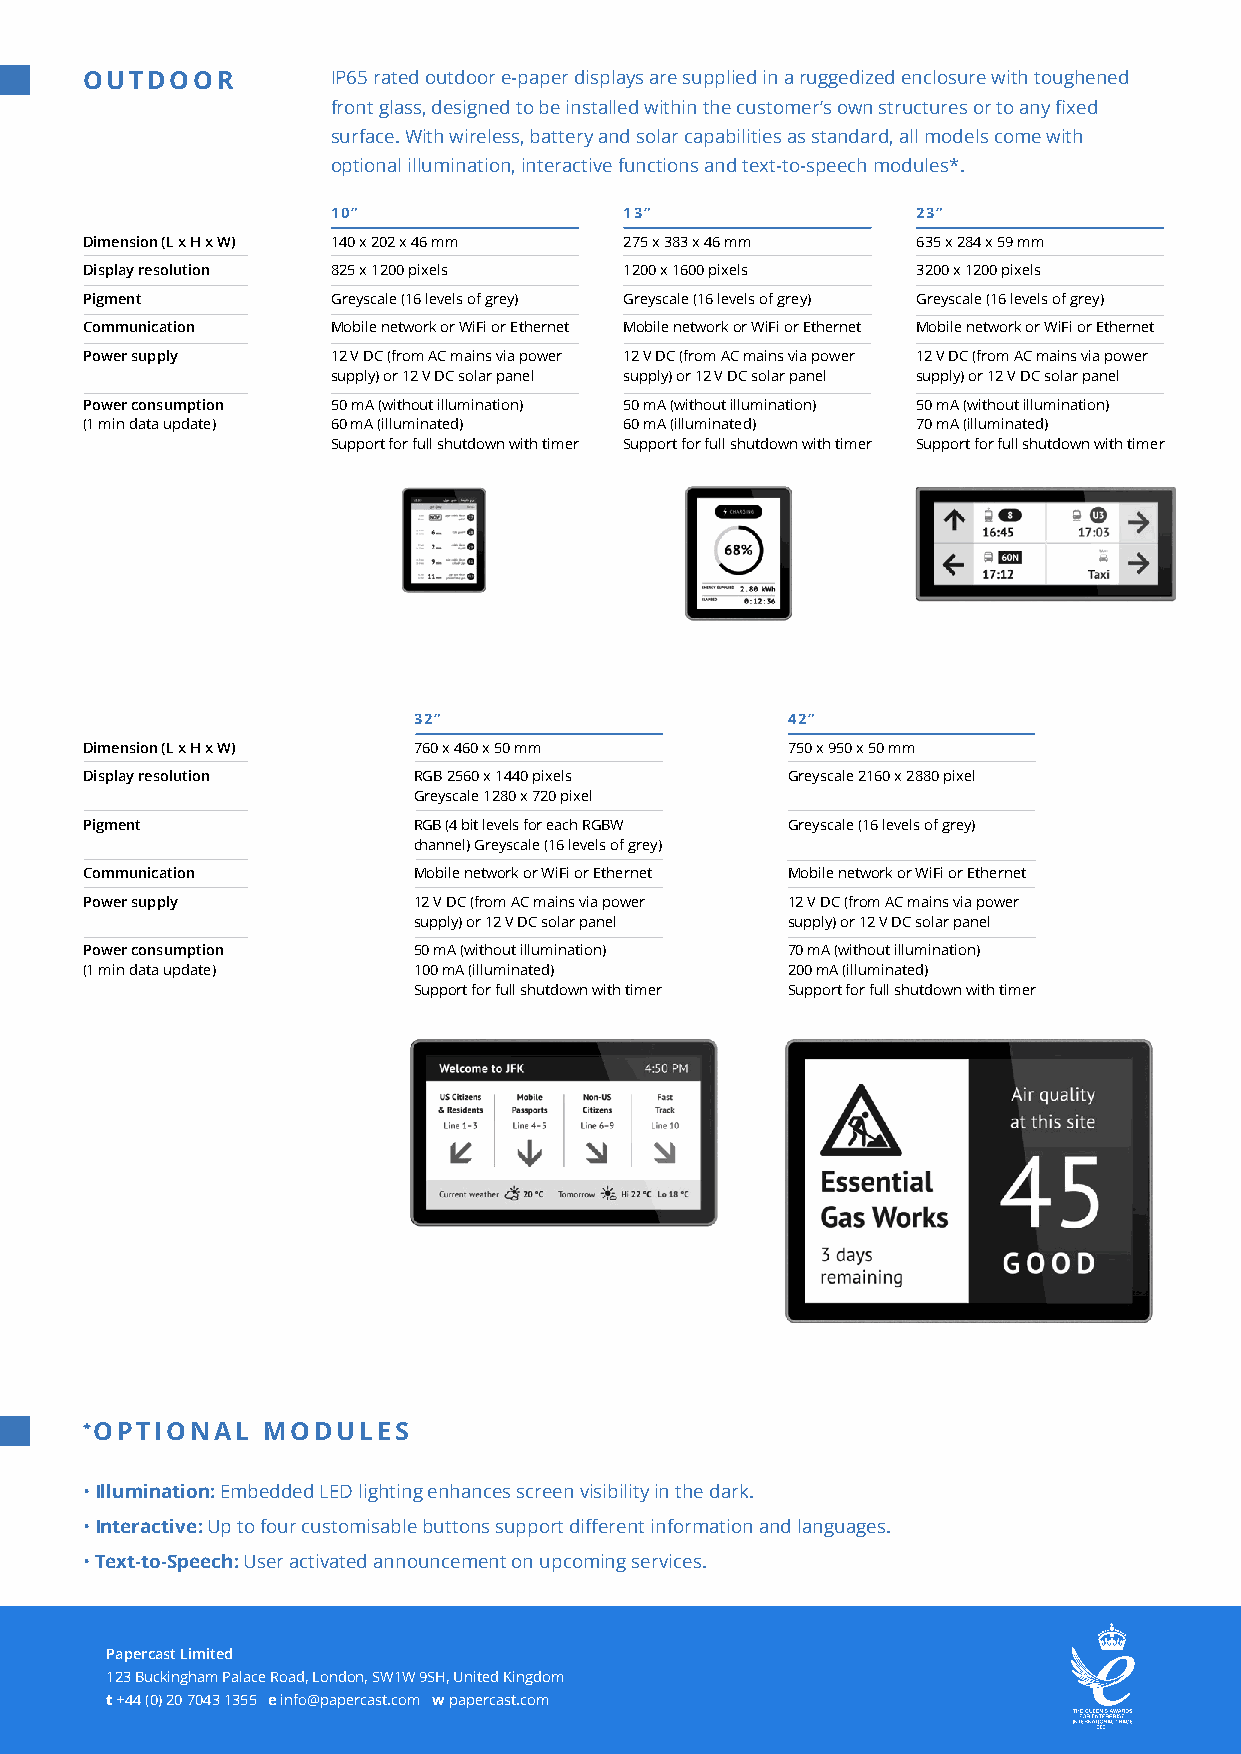
OUTDOOR          IP65 rated outdoor e-paper displays are supplied in a ruggedized enclosure with toughened
 front glass, designed to be installed within the customer’s own structures or to any fixed
 surface. With wireless, battery and solar capabilities as standard, all models come with
 optional illumination, interactive functions and text-to-speech modules*.
 10”                13”                 23”
 Dimension (L x H x W) 140 x 202 x 46 mm 275 x 383 x 46 mm 635 x 284 x 59 mm
 Display resolution 825 x 1200 pixels 1200 x 1600 pixels 3200 x 1200 pixels
 Pigment          Greyscale (16 levels of grey) Greyscale (16 levels of grey) Greyscale (16 levels of grey)
 Communication    Mobile network or WiFi or Ethernet Mobile network or WiFi or Ethernet Mobile network or WiFi or Ethernet
 Power supply     12 V DC (from AC mains via power 12 V DC (from AC mains via power 12 V DC (from AC mains via power
 supply) or 12 V DC solar panel supply) or 12 V DC solar panel supply) or 12 V DC solar panel
 Power consumption 50 mA (without illumination) 50 mA (without illumination) 50 mA (without illumination)
 (1 min data update) 60 mA (illuminated) 60 mA (illuminated) 70 mA (illuminated)
 Support for full shutdown with timer Support for full shutdown with timer Support for full shutdown with timer
 32”                      42”
 Dimension (L x H x W) 760 x 460 x 50 mm        750 x 950 x 50 mm
 Display resolution    RGB 2560 x 1440 pixels   Greyscale 2160 x 2880 pixel
 Greyscale 1280 x 720 pixel
 Pigment               RGB (4 bit levels for each RGBW Greyscale (16 levels of grey)
 channel) Greyscale (16 levels of grey)
 Communication         Mobile network or WiFi or Ethernet Mobile network or WiFi or Ethernet
 Power supply          12 V DC (from AC mains via power 12 V DC (from AC mains via power
 supply) or 12 V DC solar panel supply) or 12 V DC solar panel
 Power consumption     50 mA (without illumination) 70 mA (without illumination)
 (1 min data update)   100 mA (illuminated)     200 mA (illuminated)
 Support for full shutdown with timer Support for full shutdown with timer
 *OPTIONAL   MODULES
 • Illumination: Embedded LED lighting enhances screen visibility in the dark.
 • Interactive: Up to four customisable buttons support different information and languages.
 • Text-to-Speech: User activated announcement on upcoming services.
 Papercast Limited
 123 Buckingham Palace Road, London, SW1W 9SH, United Kingdom
 t +44 (0) 20 7043 1355 e info@papercast.com w papercast.com